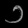
Digit: ၁